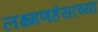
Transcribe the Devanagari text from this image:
लक्ष्मणहंसांच्या